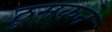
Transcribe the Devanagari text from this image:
ठुमकने